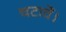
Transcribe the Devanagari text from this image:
चटावें।